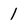
Character: 1